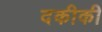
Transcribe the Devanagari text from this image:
दकीकी